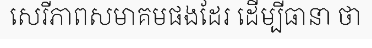
សេរីភាពសមាគមផងដែរ ដើម្បីធានា ថា